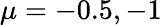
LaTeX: \mu=-0.5,-1